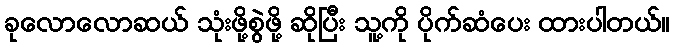
ခုလောလောဆယ် သုံးဖို့စွဲဖို့ ဆိုပြီး သူ့ကို ပိုက်ဆံပေး ထားပါတယ်။